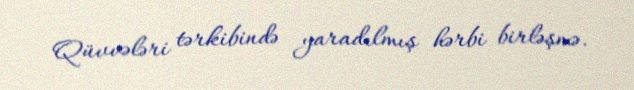
Qüvvələri tərkibində yaradılmış hərbi birləşmə.